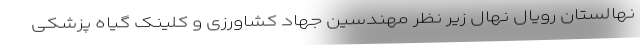
نهالستان رویال نهال زیر نظر مهندسین جهاد کشاورزی و کلینک گیاه پزشکی